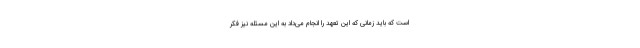
است که باید زمانی که این تعهد را انجام می‌داد به این مسئله نیز فکر